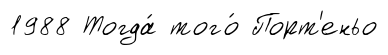
1988 Тогда́ того́ Порт'еньо